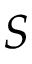
\boldsymbol { S }